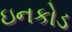
ઇનકોડ